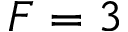
F = 3